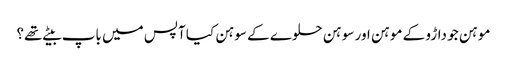
موہن جو داڑو کے موہن اور سوہن حلوے کے سوہن کیا آپس میں باپ بیٹے تھے؟